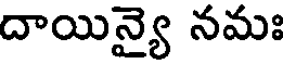
దాయిన్యై నమః